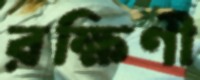
রক্ষিণী